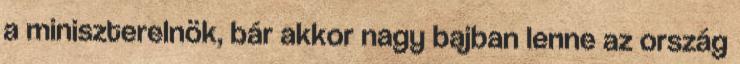
a miniszterelnök, bár akkor nagy bajban lenne az ország